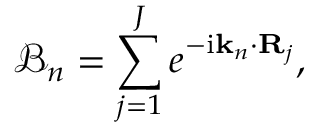
\mathcal { B } _ { n } = \sum _ { j = 1 } ^ { J } e ^ { - \mathrm { i } \mathbf { k } _ { n } \cdot \mathbf { R } _ { j } } ,